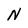
Character: N